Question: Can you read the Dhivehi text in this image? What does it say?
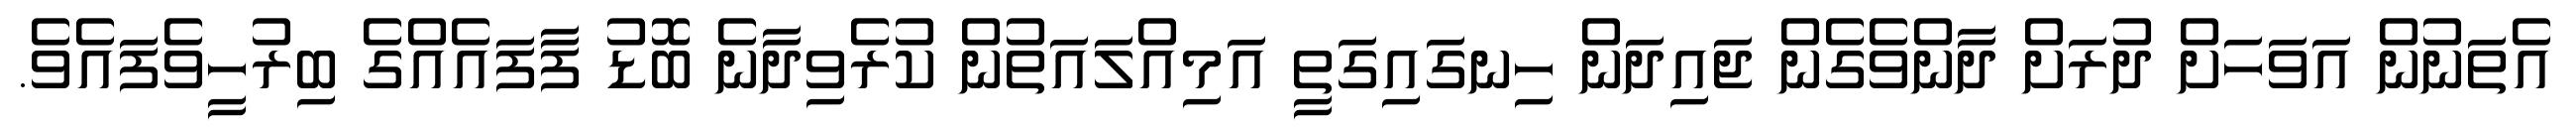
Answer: އެތަނުން އަވަހަށް ދުރަށް ދާންވެގެން ޖައިދަން ހިނގައިގަތީ އަމިއްލައަތުން ކުރެވިދާނެ ބޮޑު ފާފައެއްގެ ބިރުހީވެފައެވެ.